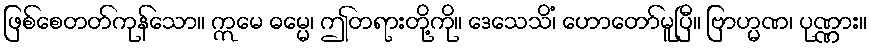
ဖြစ်စေတတ်ကုန်သော။ ဣမေ ဓမ္မေ၊ ဤတရားတို့ကို။ ဒေသေသိံ၊ ဟောတော်မူပြီ။ ဗြာဟ္မဏ၊ ပုဏ္ဏား။